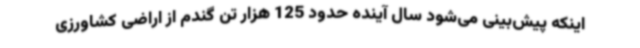
اینکه پیش‌بینی می‌شود سال آینده حدود 125 هزار تن گندم از اراضی کشاورزی